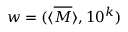
w = ( \langle { \overline { { M } } } \rangle , 1 0 ^ { k } )